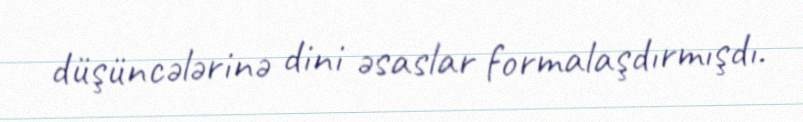
düşüncələrinə dini əsaslar formalaşdırmışdı.